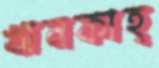
খানকাহ্